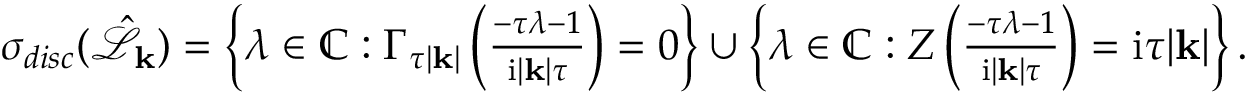
\begin{array} { r } { \sigma _ { d i s c } ( \hat { \mathcal { L } } _ { \mathbf { k } } ) = \left\{ \lambda \in \mathbb { C } : \Gamma _ { \tau | \mathbf { k } | } \left( \frac { - \tau \lambda - 1 } { \mathrm { i } | \mathbf { k } | \tau } \right) = 0 \right\} \cup \left\{ \lambda \in \mathbb { C } : Z \left( \frac { - \tau \lambda - 1 } { \mathrm { i } | \mathbf { k } | \tau } \right) = \mathrm { i } \tau | \mathbf { k } | \right\} . } \end{array}